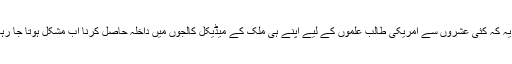
مزید یہ کہ کئی عشروں سے امریکی طالب علموں کے لیے اپنے ہی ملک کے میڈیکل کالجوں میں داخلہ حاصل کرنا اب مشکل ہوتا جا رہا ہے۔